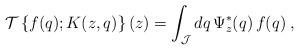
LaTeX: \begin{align*}{\mathcal T} \left\{f(q); K(z,q)\right\} (z)=\int_{\mathcal J}dq \,\Psi_{z}^{*} (q) \,f(q)\; ,\end{align*}